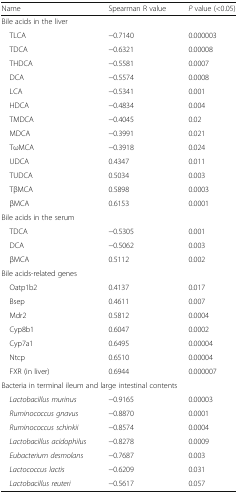
<table><thead><tr><td><b>Name</b></td><td><b>Spearman R value</b></td><td><b><i>P</i> value (&lt;0.05)</b></td></tr></thead><tbody><tr><td colspan="3">Bile acids in the liver</td></tr><tr><td> TLCA</td><td>−0.7140</td><td>0.000003</td></tr><tr><td> TDCA</td><td>−0.6321</td><td>0.00008</td></tr><tr><td> THDCA</td><td>−0.5581</td><td>0.0007</td></tr><tr><td> DCA</td><td>−0.5574</td><td>0.0008</td></tr><tr><td> LCA</td><td>−0.5341</td><td>0.001</td></tr><tr><td> HDCA</td><td>−0.4834</td><td>0.004</td></tr><tr><td> TMDCA</td><td>−0.4045</td><td>0.02</td></tr><tr><td> MDCA</td><td>−0.3991</td><td>0.021</td></tr><tr><td> TωMCA</td><td>−0.3918</td><td>0.024</td></tr><tr><td> UDCA</td><td>0.4347</td><td>0.011</td></tr><tr><td> TUDCA</td><td>0.5034</td><td>0.003</td></tr><tr><td> TβMCA</td><td>0.5898</td><td>0.0003</td></tr><tr><td> βMCA</td><td>0.6153</td><td>0.0001</td></tr><tr><td colspan="3">Bile acids in the serum</td></tr><tr><td> TDCA</td><td>−0.5305</td><td>0.001</td></tr><tr><td> DCA</td><td>−0.5062</td><td>0.003</td></tr><tr><td> βMCA</td><td>0.5112</td><td>0.002</td></tr><tr><td colspan="3">Bile acids-related genes</td></tr><tr><td> Oatp1b2</td><td>0.4137</td><td>0.017</td></tr><tr><td> Bsep</td><td>0.4611</td><td>0.007</td></tr><tr><td> Mdr2</td><td>0.5812</td><td>0.0004</td></tr><tr><td> Cyp8b1</td><td>0.6047</td><td>0.0002</td></tr><tr><td> Cyp7a1</td><td>0.6495</td><td>0.00004</td></tr><tr><td> Ntcp</td><td>0.6510</td><td>0.00004</td></tr><tr><td> FXR (in liver)</td><td>0.6944</td><td>0.000007</td></tr><tr><td colspan="3">Bacteria in terminal ileum and large intestinal contents</td></tr><tr><td><i> Lactobacillus murinus</i></td><td>−0.9165</td><td>0.00003</td></tr><tr><td><i> Ruminococcus gnavus</i></td><td>−0.8870</td><td>0.0001</td></tr><tr><td><i> Ruminococcus schinkii</i></td><td>−0.8574</td><td>0.0004</td></tr><tr><td><i> Lactobacillus acidophilus</i></td><td>−0.8278</td><td>0.0009</td></tr><tr><td><i> Eubacterium desmolans</i></td><td>−0.7687</td><td>0.003</td></tr><tr><td><i> Lactococcus lactis</i></td><td>−0.6209</td><td>0.031</td></tr><tr><td><i> Lactobacillus reuteri</i></td><td>−0.5617</td><td>0.057</td></tr></tbody></table>